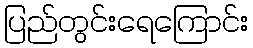
ပြည်တွင်းရေကြောင်း